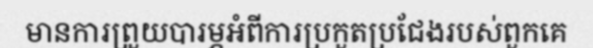
មានការព្រួយបារម្ភអំពីការប្រកួតប្រជែងរបស់ពួកគេ